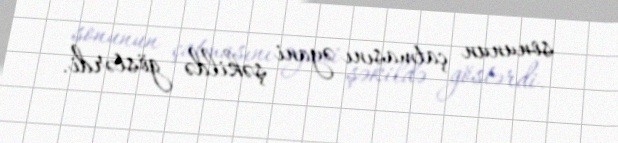
sonunun çatmasını əyani şəkildə göstərdi.